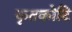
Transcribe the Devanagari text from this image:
कृतकोटि